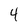
Character: 4